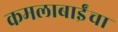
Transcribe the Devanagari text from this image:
कमलाबाईंचा